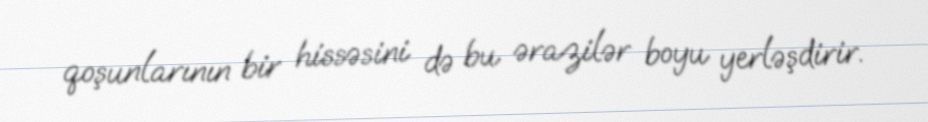
qoşunlarının bir hissəsini də bu ərazilər boyu yerləşdirir.